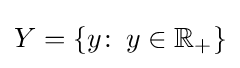
Y=\left\{y\colon \,y\in \mathbb {R} _{+}\right\}